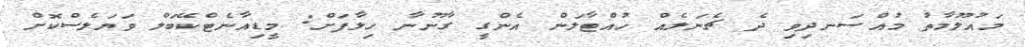
މައުލޫމާތު މުއްސަނދިވި ދެ ޗެނަލެއް ހުއްޓާލަން އެންގީ ގާނޫނާ ހިލާފަށް: މީޑިއާނެޓްކޭބަލް ވަޔަލެސްކޮށް